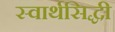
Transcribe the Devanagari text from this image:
स्वार्थसिद्धी